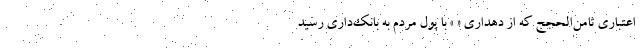
اعتباری ثامن‌الحجج که از دهداری « » با پول مردم به بانک‌داری رسید